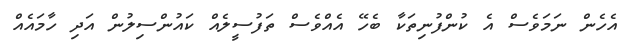
އެހެން ނަމަވެސް އެ ކުންފުނިތަކާ ބެހޭ އެއްވެސް ތަފުސީލެއް ކައުންސިލުން އަދި ހާމައެއް